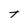
Character: T